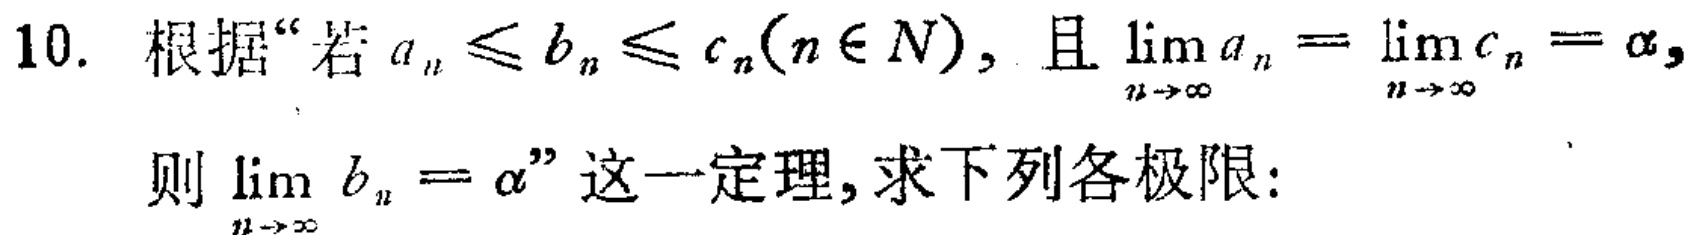
10. 根据“若\(a_{n}\leq b_{n}\leq c_{n}(n\in N)\)，且\(\lim_{n \to \infty}a_{n}=\lim_{n \to \infty}c_{n}=\alpha\)，则\(\lim_{n \to \infty}b_{n}=\alpha\)”这一定理，求下列各极限：